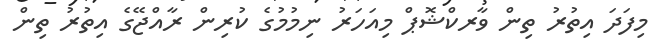
މިފަދަ އިތުރު ތިން ވާރކްޝޮޕް މިއަހަރު ނިމުމުގެ ކުރިން ރާއްޖޭގެ އިތުރު ތިން